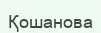
Қошанова